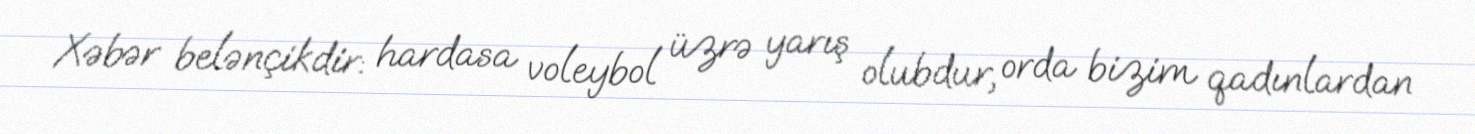
Xəbər belənçikdir: hardasa voleybol üzrə yarış olubdur, orda bizim qadınlardan